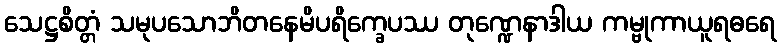
သေဋ္ဌစိတ္တံ သမုပသောဘိတနေမိပရိက္ခေပဿ တုဏ္ဍေနာဒါယ ကမ္ဗုကာယူရဓရေ